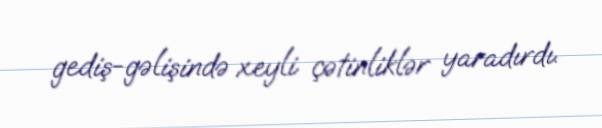
gediş-gəlişində xeyli çətinliklər yaradırdı.